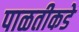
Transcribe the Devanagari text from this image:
पाळतीकडे